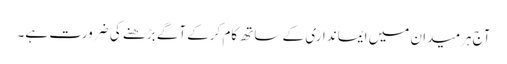
آج ہرمیدان میں ایمانداری کے ساتھ کام کرکے آگے بڑھنے کی ضرورت ہے۔